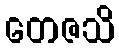
တေဇသိ